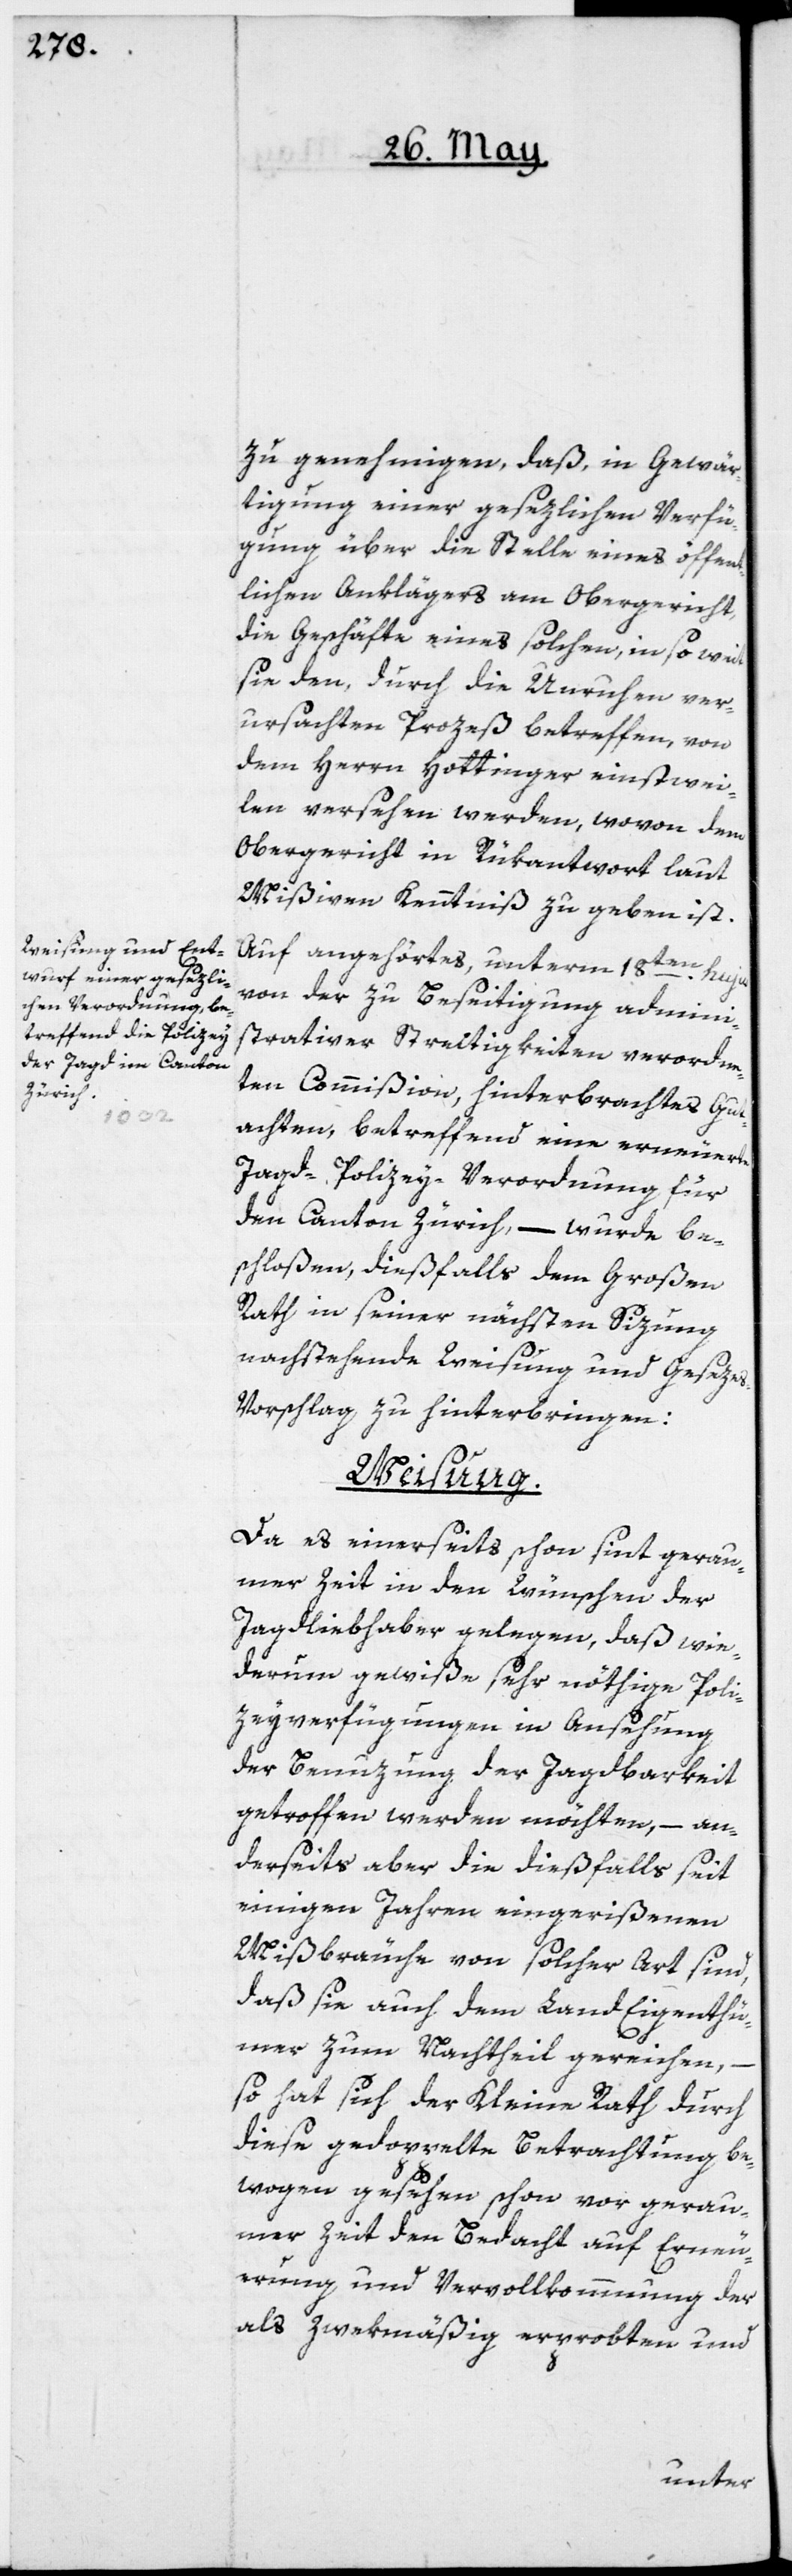
zu genehmigen, daß, in Gewär¬
tigung einer gesezlichen Verfü¬
gung über die Stelle eines öffent¬
lichen Anklägers am Obergericht,
die Geschäfte eines solchen, in so weit
sie den, durch die Unruhen ver¬
ursachten Prozeß betreffen, von
dem Herrn Hottinger einstwei¬
len versehen werden, wovon dem
Obergericht in Rükantwort laut
Mißiven Kenntniß zu geben ist.
Auf angehörtes, unterm 18ten hujus
von der zu Beseitigung admini¬
strativer Streitigkeiten verordne¬
ten Commißion, hinterbrachtes Gut¬
achten, betreffend eine erneuerte
Jagd-Polizey-Verordnung für
den Canton Zürich, – wurde be¬
schloßen, dießfalls dem Großen
Rath in seiner nächsten Sizung
nachstehende Weisung und Geseze¬
s-Vorschlag zu hinterbringen:
Weisung.
Da es einerseits schon sint gerau¬
mer Zeit in den Wünschen der
Jagdliebhaber gelegen, daß wie¬
derum gewiße sehr nöthige Poli¬
zeyverfügungen in Ansehung
der Benuzung der Jagdbarkeit
getroffen werden möchten, – an¬
derseits aber die dießfalls seit
einigen Jahren eingerißenen
Mißbräuche von solcher Art sind,
daß sie auch dem Land Eigenthü¬
mer zum Nachtheil gereichen,
so hat sich der Kleine Rath durch
diese gedoppelte Betrachtung be¬
wogen gesehen, schon vor gerau¬
mer Zeit den Bedacht auf Erneu¬
erung und Vervollkommnung der
als zwekmäßig erprobten und